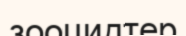
зооцидтер